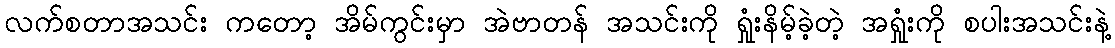
လက်စတာအသင်း ကတော့ အိမ်ကွင်းမှာ အဲဗာတန် အသင်းကို ရှုံးနိမ့်ခဲ့တဲ့ အရှုံးကို စပါးအသင်းနဲ့